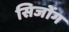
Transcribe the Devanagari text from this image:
सिजोंग